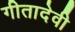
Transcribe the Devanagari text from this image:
गीतादेवी